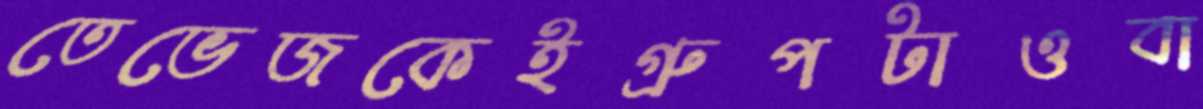
তেভেজকেইগ্রুপটাওবা